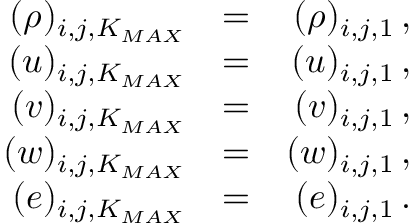
\begin{array} { r l r } { { ( \rho ) _ { i , j , K _ { M A X } } } } & { { = } } & { { ( \rho ) _ { i , j , 1 } \, \mathrm { , } } } \\ { { ( u ) _ { i , j , K _ { M A X } } } } & { { = } } & { { ( u ) _ { i , j , 1 } \, \mathrm { , } } } \\ { { ( v ) _ { i , j , K _ { M A X } } } } & { { = } } & { { ( v ) _ { i , j , 1 } \, \mathrm { , } } } \\ { { ( w ) _ { i , j , K _ { M A X } } } } & { { = } } & { { ( w ) _ { i , j , 1 } \, \mathrm { , } } } \\ { { ( e ) _ { i , j , K _ { M A X } } } } & { { = } } & { { ( e ) _ { i , j , 1 } \, \mathrm { . } } } \end{array}